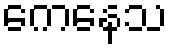
ကေနေသ